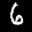
Label: 6